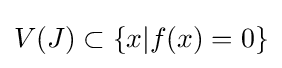
V(J)\subset \{x|f(x)=0\}